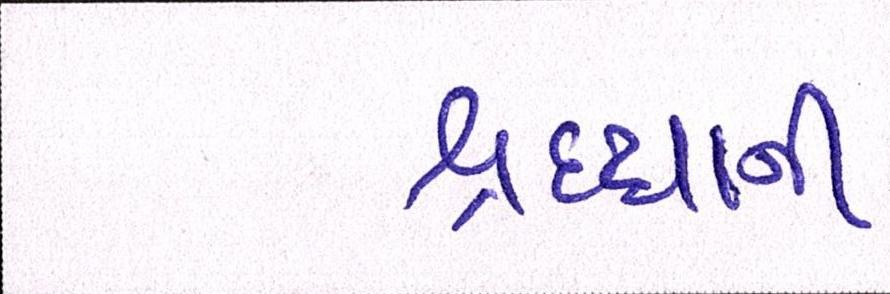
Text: શ્રદ્ધાની